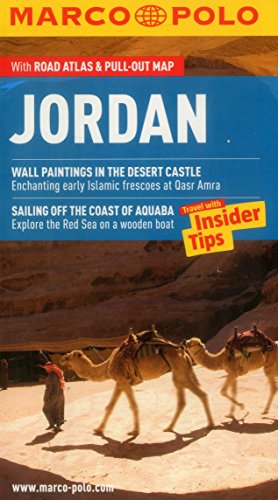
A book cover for Jordan Marco Polo Guide (Marco Polo Guides); Marco Polo Travel; Travel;